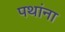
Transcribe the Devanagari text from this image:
पथांना